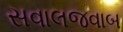
સવાલજવાબ